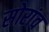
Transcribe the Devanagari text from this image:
सोरांव